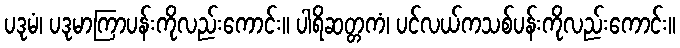
ပဒုမံ၊ ပဒုမာကြာပန်းကိုလည်းကောင်း။ ပါရိဆတ္တကံ၊ ပင်လယ်ကသစ်ပန်းကိုလည်းကောင်း။